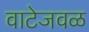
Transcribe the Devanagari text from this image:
वाटेजवळ